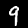
Label: 9